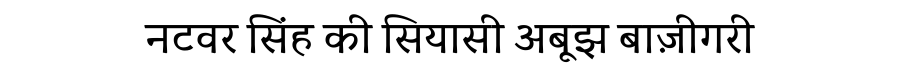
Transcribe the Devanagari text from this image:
नटवर सिंह की सियासी अबूझ बाज़ीगरी